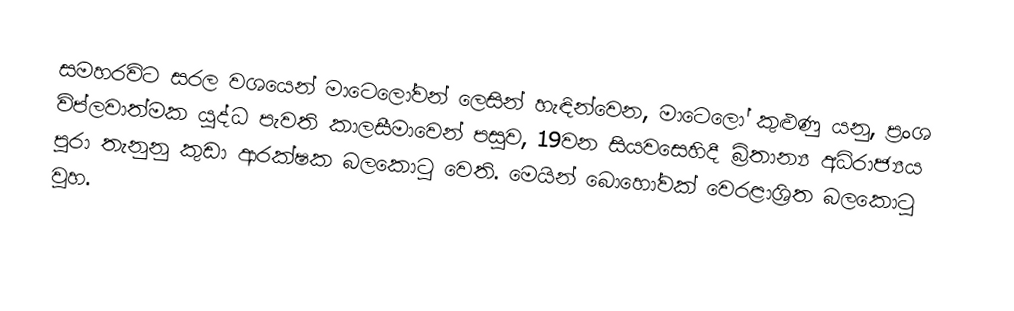
සමහරවිට සරල වශයෙන් මාටෙලෝවන් ලෙසින් හැඳින්වෙන, මාටෙලෝ කුළුණු යනු,  ප්‍රංශ විප්ලවාත්මක යුද්ධ පැවති කාලසීමාවෙන් පසුව, 19වන සියවසෙහිදී බ්‍රිතාන්‍ය අධිරාජ්‍යය පුරා තැනුනු කුඩා ආරක්ෂක බලකොටු වෙති. මෙයින් බොහෝවක් වෙරළාශ්‍රිත බලකොටු වූහ.